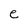
Character: e